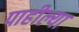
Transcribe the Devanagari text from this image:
पाहील्या